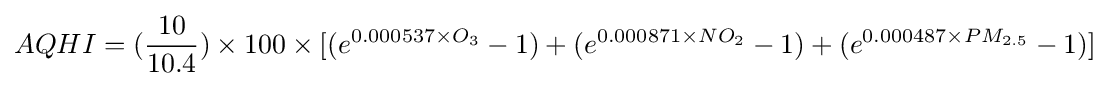
AQHI=({\frac {10}{10.4}})\times 100\times [(e^{0.000537\times O_{3}}-1)+(e^{0.000871\times NO_{2}}-1)+(e^{0.000487\times PM_{2.5}}-1)]